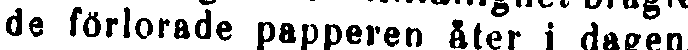
de förlorade papperen åter i dagen,